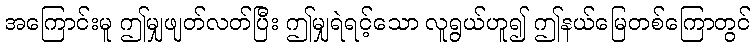
အကြောင်းမူ ဤမျှဖျတ်လတ်ပြီး ဤမျှရဲရင့်သော လူရွယ်ဟူ၍ ဤနယ်မြေတစ်ကြောတွင်